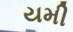
યમી